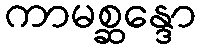
ကာမစ္ဆန္ဒော